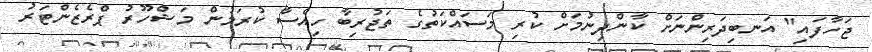
ޖަހާފައި" އަނބިދަރިންނަށް ކާންދިނުމަށް ކުރި މަސައްކަތުގެ ތަޖުރިބާ ހިއްސާ ކުރަމުން މަޝްހޫރު ޕްރެޒެންޓަރު